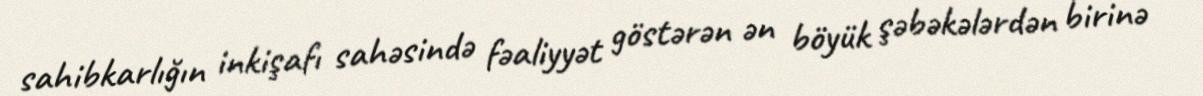
sahibkarlığın inkişafı sahəsində fəaliyyət göstərən ən böyük şəbəkələrdən birinə